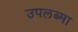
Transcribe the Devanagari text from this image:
उपलब्मा